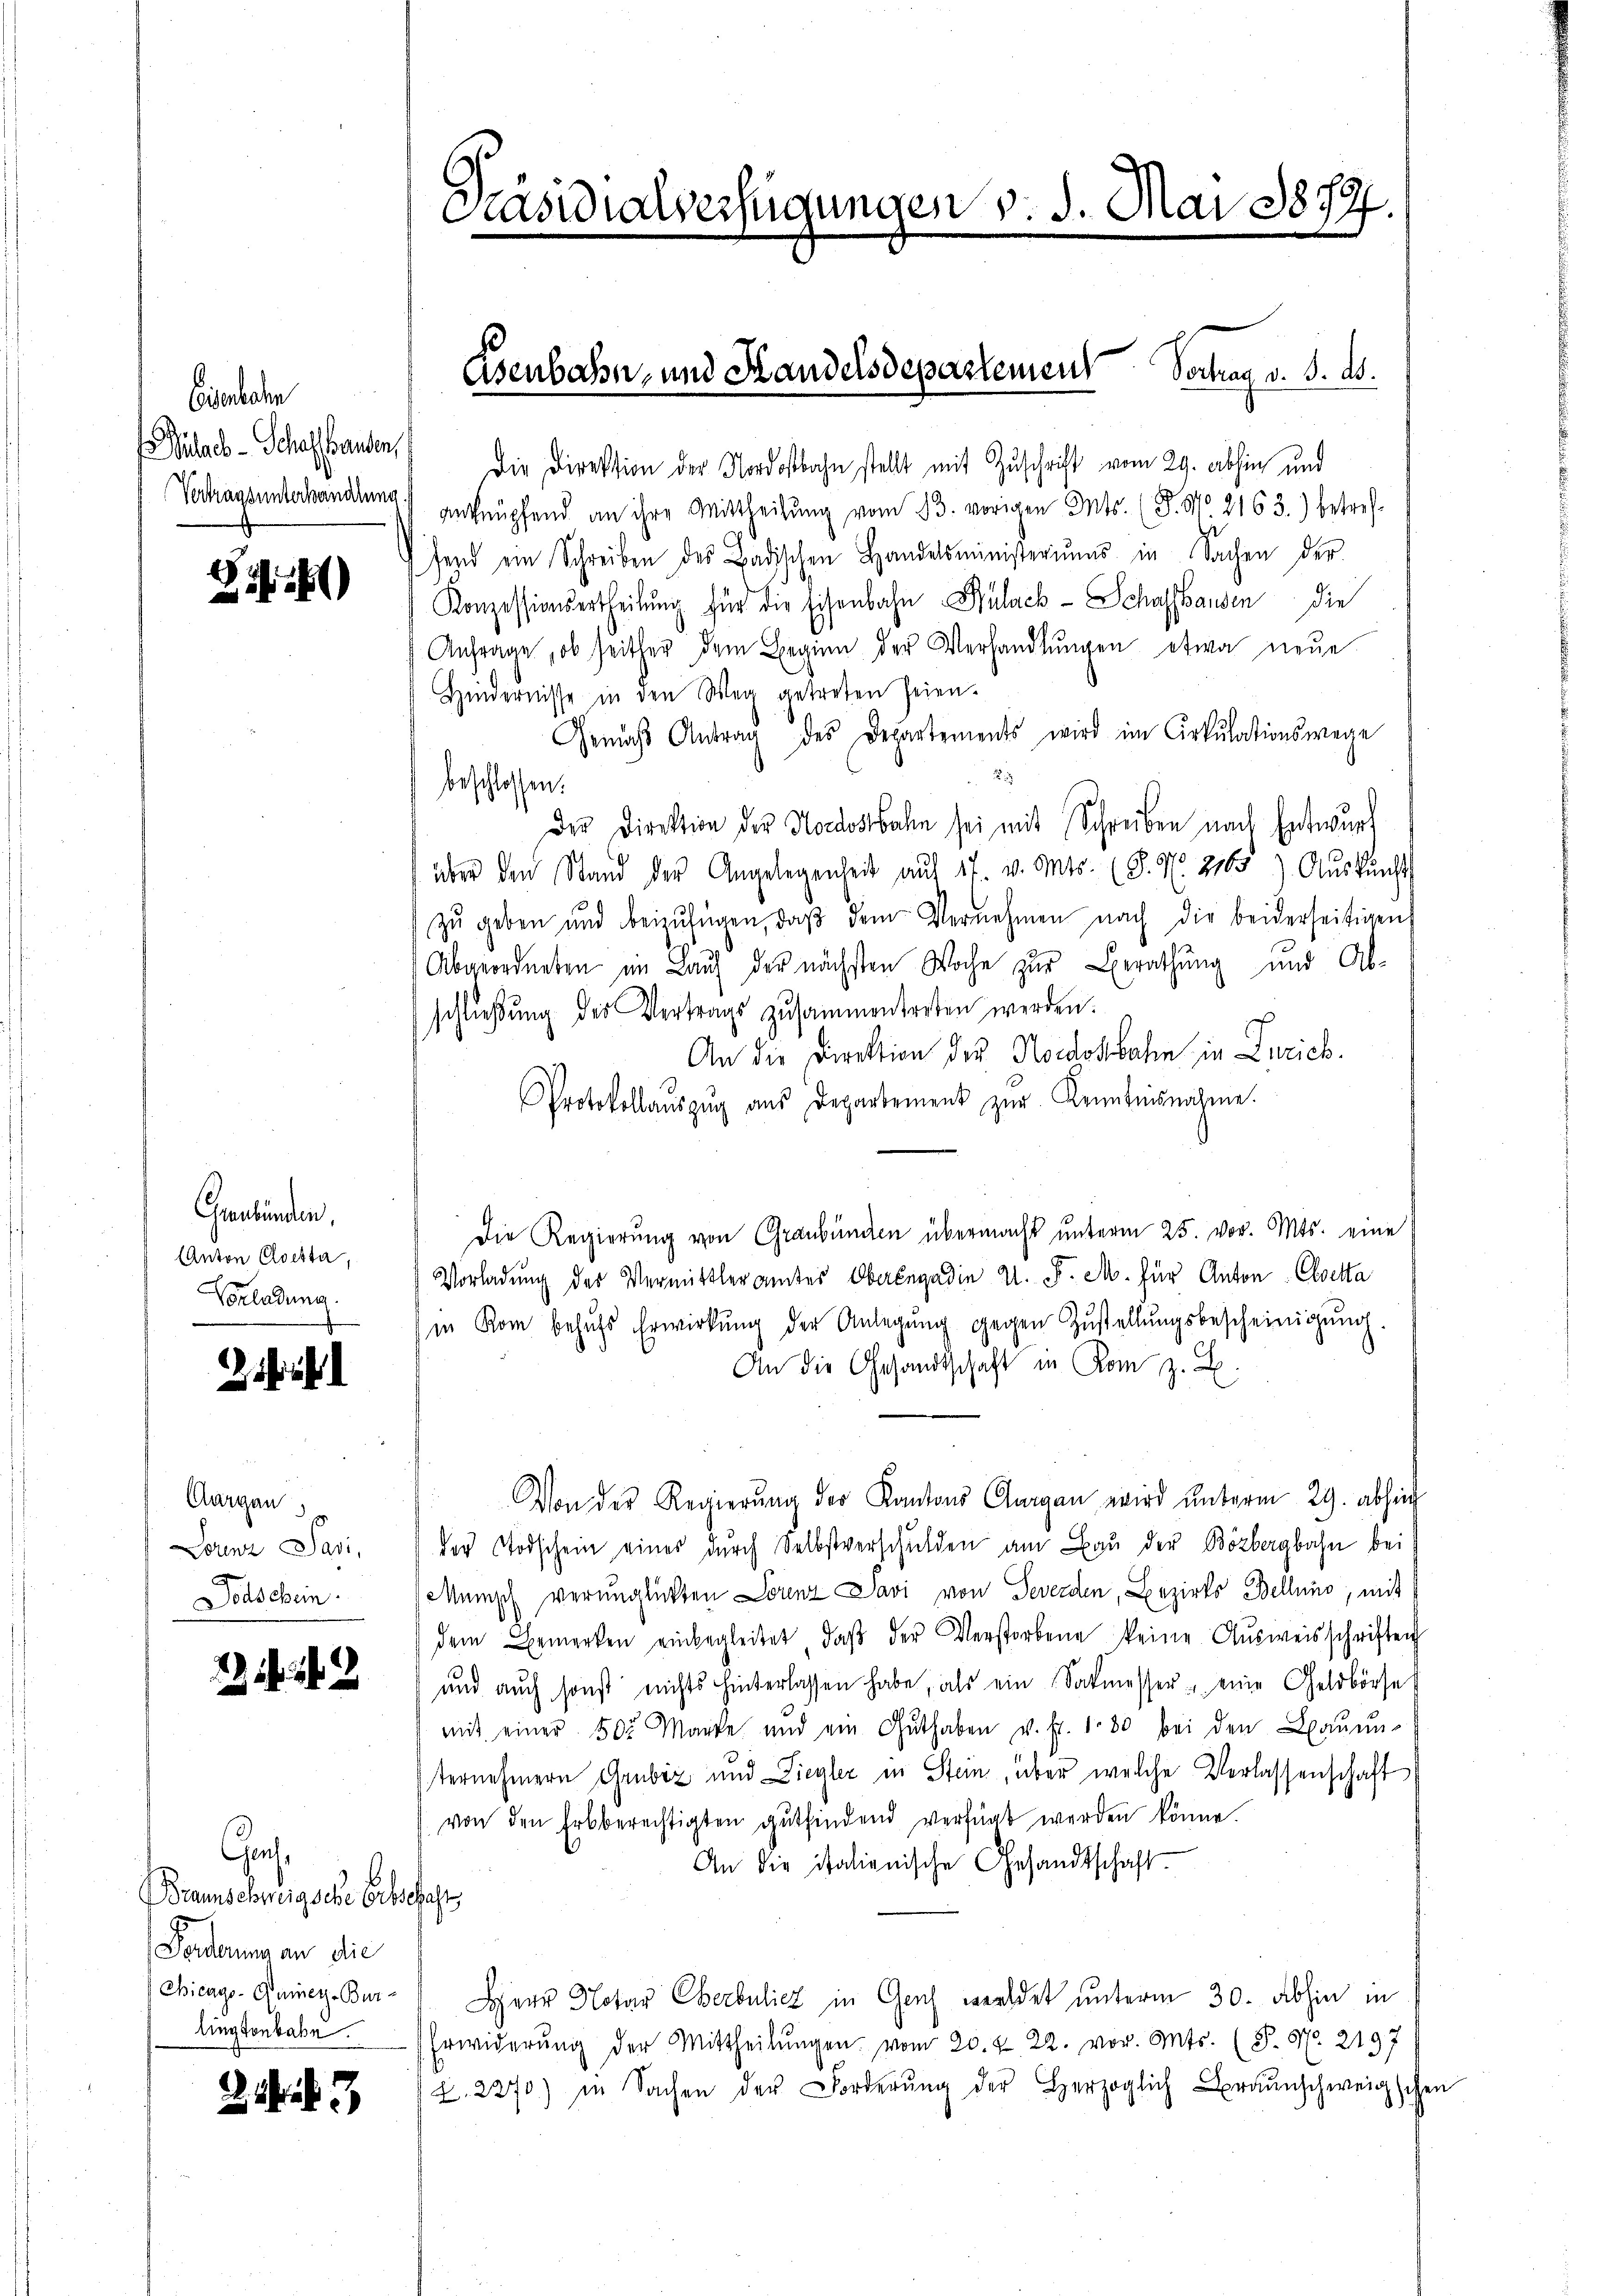
Eisenbahn
Witsch - Schaffenden,
Vertragsunterhandlung

S)

Graubünden.
Anton Cloetta,
Vorladung.

Clargau,
Lorenz Savi,
Dolschein.

12

Chorhe
Braunschweigsche Erbschaft
Forderung an die
Chicago-Quiey-Bur-
lingtonbabe.

ib

Casidialverfügungen v. 3. Mai 1877.

Die Direktion der Nordostbahn stellt mit Zuschrift vom 29. abhin und
anknüpfend an ihre Mittheilŭng vom 13. vorigen Ints. (T. No 2163.) betref-
fend ein Schreiben des Badischen Handelsministeriums in Sachen der
Konzessionsertheilung für die Eisenbahn Bülach - Schaffhausen die
Anfrage, ob seither dem Beginn der Verhandlŭngen etwa neue
Hindernisse in den Weg getreten seien.
Gemäss Antrag des Departements wird im Cirkulationswege
beschlossen:
Der Direktion der Nordostbahn sei mit Schreiben nach Entwurf
über den Stand der Angelegenheit aŭf 17. v. Mts. (§. N. 2165) Aŭskŭnft
zŭ geben und beizufügen, daβ dem Vernehmen nach die beiderseitigen
Abgeordneten im Lauf der nächsten Woche zur Berathung und Abschließung des Vertrags zusammentreten werden.
An die Direktion des Nordostbahn in Zürich.
Protokollaŭszŭg aŭs Departement zŭr Kenntnisnahme.
Die Regierung von Graubünden übermacht unterm 25. vor. Mts. eine
Vorladung des Vermittleramtes Oberlegadin u. F. M. für Anton Cloetta
in Rom behŭfs Erwirkŭng der Anlegŭng gegen Zustellŭngsbescheinigŭng.
An die Gesandtschaft in Rom z. B.
Von der Regierung des Kantons Aargau wird unterm 29. abhing
der Todschein eines durch Selbstverschulden am Bau der Bözbergbahn bei
Münisch verunglückten Lorenz Pavi von Severden, Bezirks Bellino, mit
dem Bemerken einbegleitet, daβ der Verstorbene keine Ausweisschriften
und auch sonst nichts hinterlassen habe, als ein Satmesser - eine Geldbörse
mit einer 500 Marke und ein Guthaben u. fr. 180 bei den Baŭŭn-
ternehmern Grubiz und Ziegler in Stein, über welche Verlassenschaft
von den Erbberechtigten gŭtfindend verfügt werden könne.
An die italienische Gesandtschaft
Herr Notar Oberbulicz in Genf weldet unterm 30. abhin in
Erwiderŭng der Mittheilŭngen vom 20. d. 22. vor. Mts. (T. N. 2197
Z. 2270) in Sachen der Forderŭng der Herzoglich Braunschweigschei

Osenbahn, und Handelsdepartement Vortrag v. 3. ds.

e